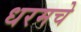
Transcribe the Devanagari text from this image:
धरमचे